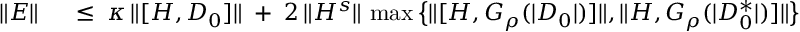
\begin{array} { r l } { \| E \| } & { { } \; \leq \; \kappa \, \| [ H , D _ { 0 } ] \| \; + \; 2 \, \| H ^ { s } \| \, \operatorname* { m a x } \big \{ \| [ H , G _ { \rho } ( | D _ { 0 } | ) ] \| , \| H , G _ { \rho } ( | D _ { 0 } ^ { * } | ) ] \| \big \} } \end{array}